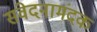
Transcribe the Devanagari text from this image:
संवेदनामंदक